Annual returns of the Patna Lunatic Asylum at Bankipore in Bihar and Orissa - 1912-1924
Year: 1912
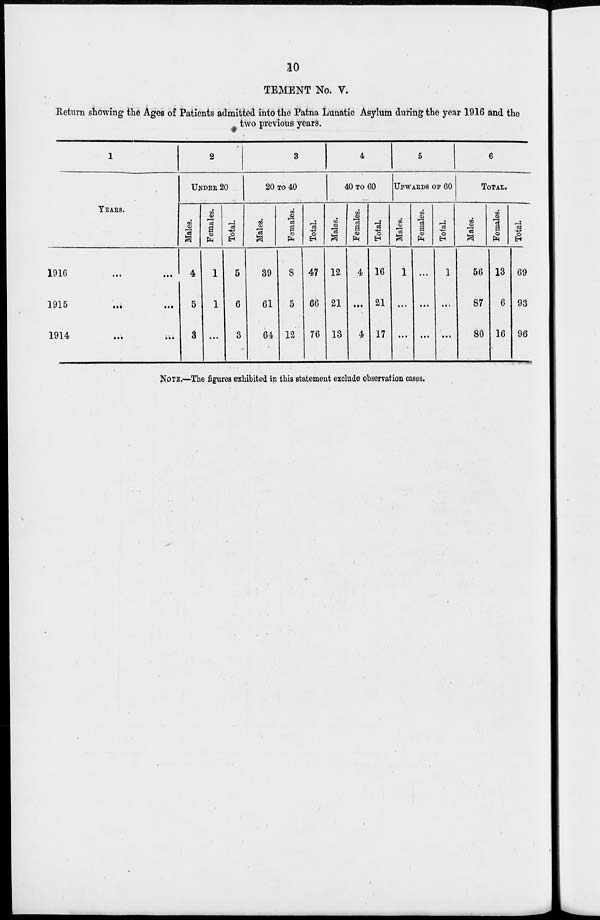
10
STATEMENT No. V.
Return showing the Ages of Patients admitted into the Patna Lunatic Asylum during the year 1916 and the
two previous years.
1
YEARS.
1916 ... ...
1915...
...
1914
...
...
2
UNDER 20
Males.
4
5
3
Females.
1
1
...
Total.
5
6
3
3
20 TO 40
Males.
39
61
64
Females.
8
5
12
Total.
47
66
76
4
40 TO 60
Males.
12
21
13
Females.
4
...
4
Total.
16
21
17
5
UPWARDS OF 60
Males.
1
...
...
Females.
...
...
...
Total.
1
...
...
6
TOTAL.
Males.
56
87
80
Females.
13
6
16
Total.
69
93
96
NOTE.—The figures exhibited in this statement exclude observation cases.